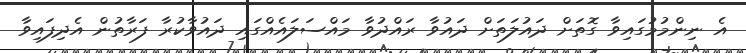
އެ ނިންމުމުގައިވާ ގޮތަށް ދައުލަތަށް ދައުވާ ރައްދުވާ މައްސަލައެއްގައި ދައުވާކުރާ ފަރާތުން އެދިފައިވާ